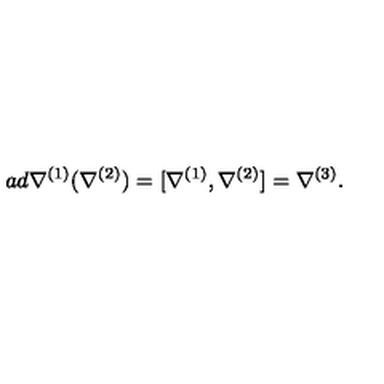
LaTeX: a d \nabla ^ { ( 1 ) } ( \nabla ^ { ( 2 ) } ) = [ \nabla ^ { ( 1 ) } , \nabla ^ { ( 2 ) } ] = \nabla ^ { ( 3 ) } .